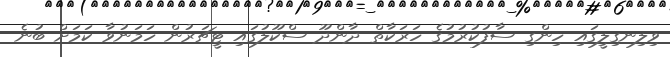
ވިލިނގިލީގައި ހިންގި ސާފުކުރުމުގެ ހަަރަކާތް ދާންދޫ ސްކޫލުގައި ޓީޗަރުން ހަމަނުވާ ކަމަށް ބުނެ